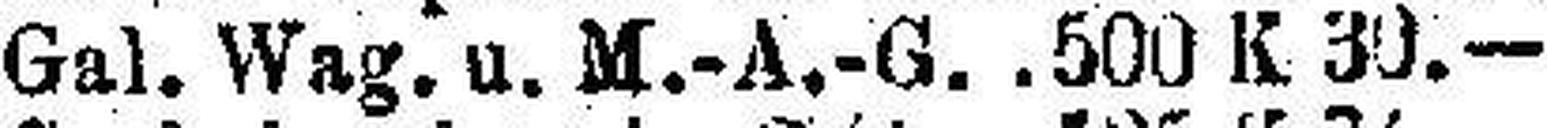
Gal. Wag. u. M.-A.-G. 500 K 30.—